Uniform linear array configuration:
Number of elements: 12
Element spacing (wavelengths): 1
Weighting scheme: hamming
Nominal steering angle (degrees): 15
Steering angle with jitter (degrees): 16.537
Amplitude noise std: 0.05
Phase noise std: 0.05

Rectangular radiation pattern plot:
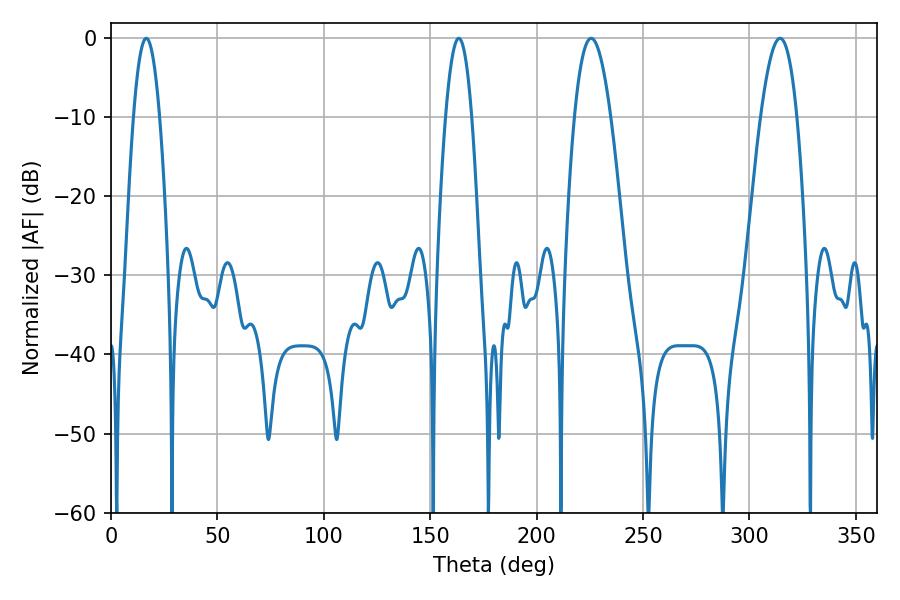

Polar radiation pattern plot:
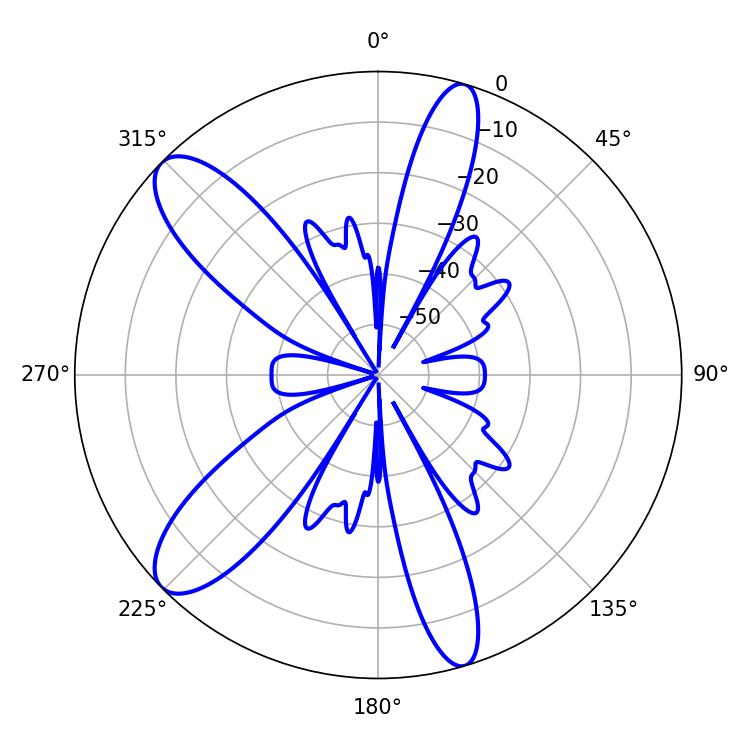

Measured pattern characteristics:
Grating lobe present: TRUE
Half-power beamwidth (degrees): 6.66
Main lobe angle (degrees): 16.56